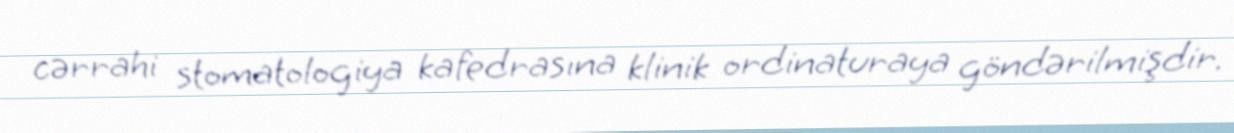
cərrahi stomatologiya kafedrasına klinik ordinaturaya göndərilmişdir.